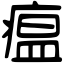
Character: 瘟